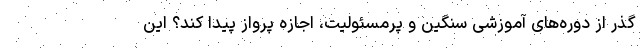
گذر از دوره‌های آموزشی سنگین و پرمسئولیت، اجازه پرواز پیدا کند؟ این